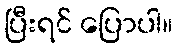
ပြီးရင် ပြောပါ။